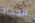
الحداد